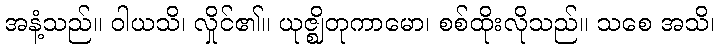
အနံ့သည်။ ဝါယသိ၊ လှိုင်၏။ ယုဇ္ဈိတုကာမော၊ စစ်ထိုးလိုသည်။ သစေ အသိ၊